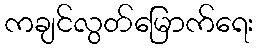
ကချင်လွတ်မြောက်ရေး